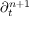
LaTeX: \partial _ { t } ^ { n + 1 }